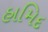
હામિદ